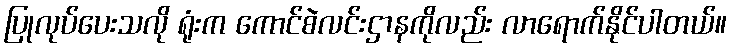
ပြုလုပ်ပေးသလို ရုံးက ကောင်စဲလင်းဌာနကိုလည်း လာရောက်နိုင်ပါတယ်။